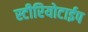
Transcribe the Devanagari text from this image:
स्टीरियोटाईप